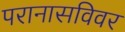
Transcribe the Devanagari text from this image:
परानासविवर